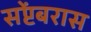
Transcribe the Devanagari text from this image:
सप्टेंबरास